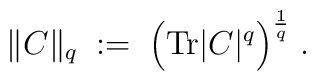
\| C \|_q \; := \; \Big( \mbox{Tr} |C|^q \Big)^{\frac{1}{q}} \; .